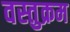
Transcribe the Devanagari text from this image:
वस्तुक्रम